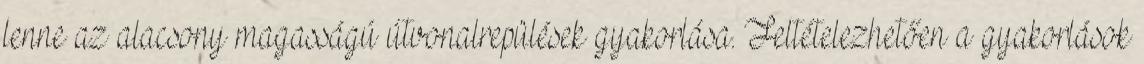
lenne az alacsony magasságú útvonalrepülések gyakorlása. Feltételezhetően a gyakorlások